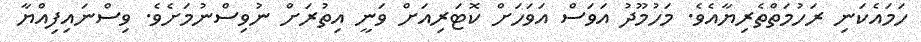
ހަމައެކަނި ރަހުމަތްތެރިޔާއެވެ. މަހުމޫދު އަވަސް އަވަހަށް ކޮޓަރިއަށް ވަނީ އިތުރަށް ނުވިސްނުމަށެވެ. ވިސްނައިފިއްޔާ